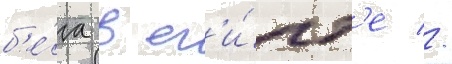
б'е́га в ег'и́пт'е //